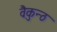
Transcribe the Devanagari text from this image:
वैकुन्ठ